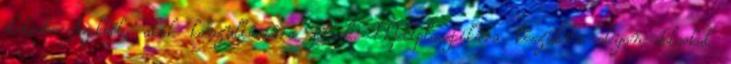
életedbe Azoktól, akik konzultációra jöttek. Mellplasztikára készülve olyan dolgokat